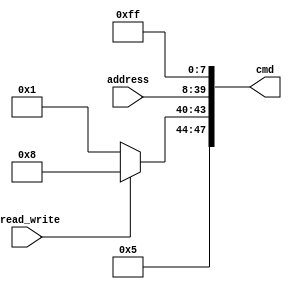
module sdc_cmd(
  output [47:0] cmd,
  input [31:0] address,
  input nread_write
);

wire [5:0] index;
assign index = (nread_write) ? 6'd24 : 6'd17;
assign cmd = {2'b01, index, address, 8'hFF};

endmodule